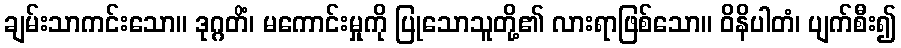
ချမ်းသာကင်းသော။ ဒုဂ္ဂတိံ၊ မကောင်းမှုကို ပြုသောသူတို့၏ လားရာဖြစ်သော။ ဝိနိပါတံ၊ ပျက်စီး၍